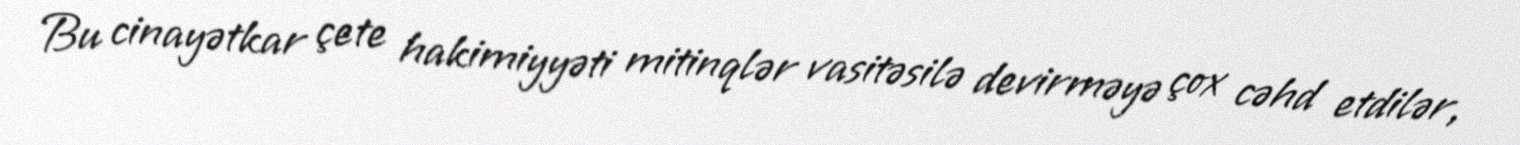
Bu cinayətkar çete hakimiyyəti mitinqlər vasitəsilə devirməyə çox cəhd etdilər,